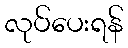
လုပ်ပေးရန်